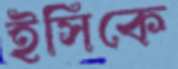
ইসিকে